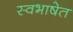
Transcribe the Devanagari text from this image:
स्वभाषेत